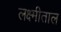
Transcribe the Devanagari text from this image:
लक्ष्मीताल